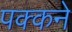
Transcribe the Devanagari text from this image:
पक्कने